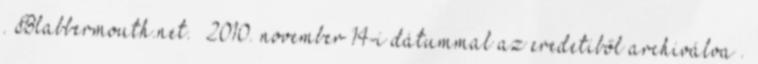
. Blabbermouth.net. 2010. november 14-i dátummal az eredetiből archiválva .